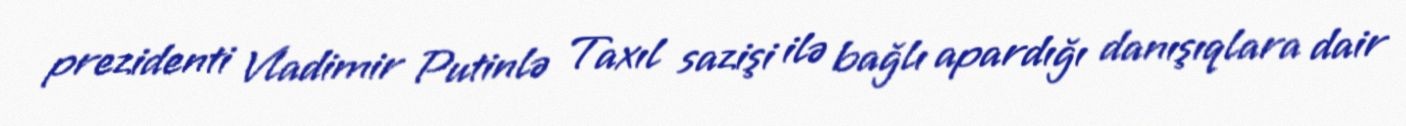
prezidenti Vladimir Putinlə Taxıl sazişi ilə bağlı apardığı danışıqlara dair